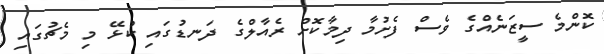
ކޮންމެ ސީޒަނެއްގެ ވެސް ފެށުމާ ދިމާކޮށް ރެއާލްގެ ދަނޑުގައި ކުޅޭ މި މެޗުގައި